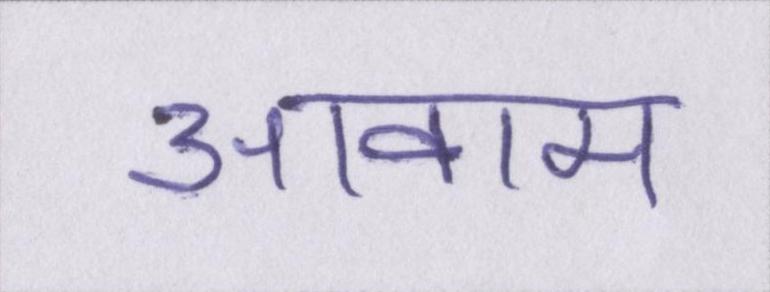
आवाम